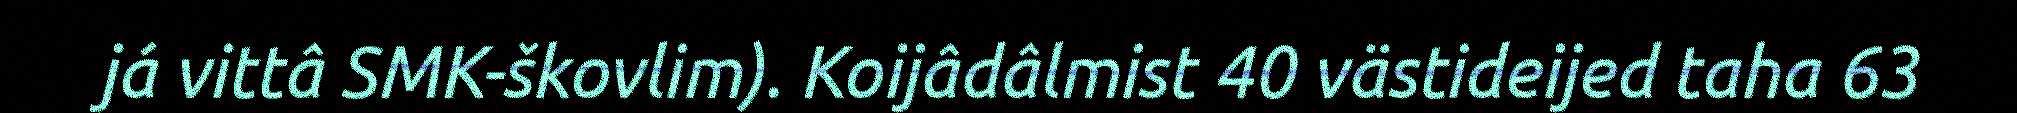
já vittâ SMK-škovlim). Koijâdâlmist 40 västideijed taha 63